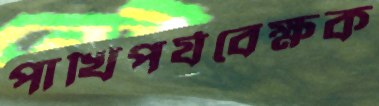
পাখিপর্যবেক্ষক